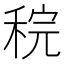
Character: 𫀶